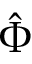
\hat { \Phi }